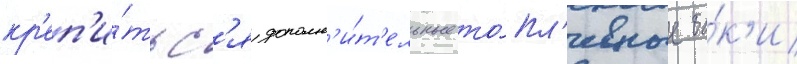
кр'еп'и́тьс'я дополн'и́т'ельные то́пл'ивные ба́к'и